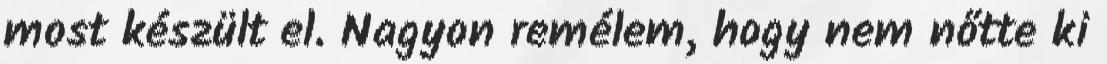
most készült el. Nagyon remélem, hogy nem nőtte ki